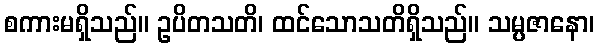
စကားမရှိသည်။ ဥပိတသတိ၊ ထင်သောသတိရှိသည်။ သမ္ပဇာနော၊